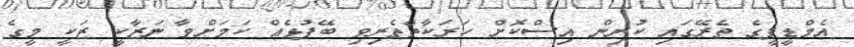
އެމްޑީޕީގެ ތެރޭގައި ކުރިން އިސްކޮށް ހަރަކާތްތެރިވި ބޭފުޅެއް ކަމަށްވާ ނަޒާކީ ޒަކީ މީގެ